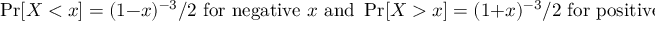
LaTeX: \operatorname* { P r } [ X < x ] = ( 1 - x ) ^ { - 3 } / 2 { \mathrm { ~ f o r ~ n e g a t i v e ~ } } x { \mathrm { ~ a n d ~ } } \operatorname* { P r } [ X > x ] = ( 1 + x ) ^ { - 3 } / 2 { \mathrm { ~ f o r ~ p o s i t i v e ~ } } x .